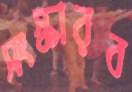
সংস্কারব